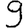
Digit: 9